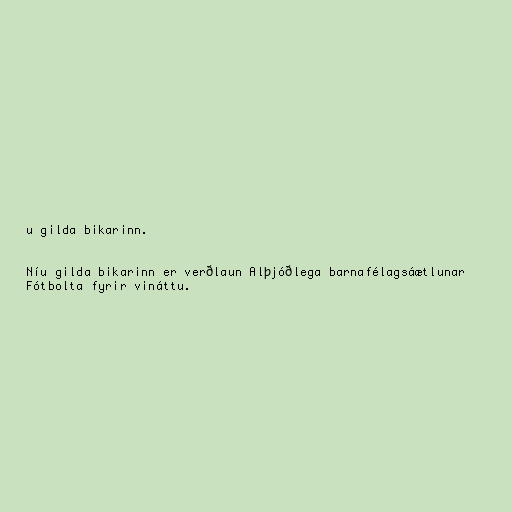
u gilda bikarinn.

Níu gilda bikarinn er verðlaun Alþjóðlega barnafélagsáætlunar
Fótbolta fyrir vináttu.